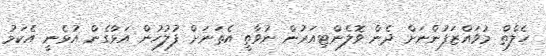
ހެލްތް މުވައްޒަފުންނަށް ދެން ވޮލެންޓިއަރުން ނުވާތީ އެތަނަށް ފުލުހުން އަޅާގެން އުޅެނީ އެކަމު